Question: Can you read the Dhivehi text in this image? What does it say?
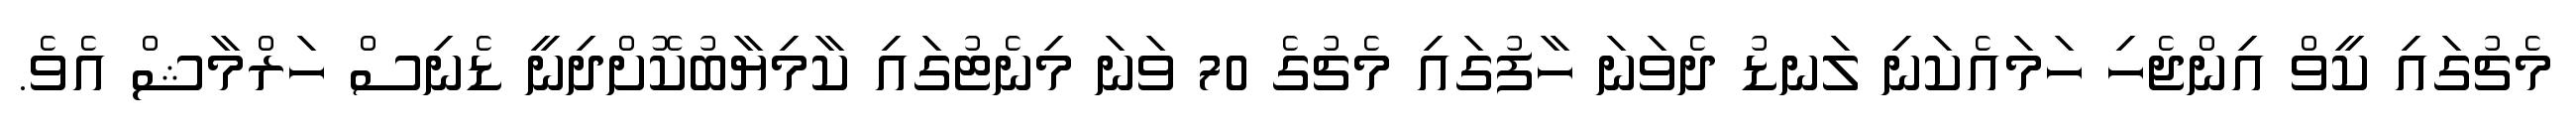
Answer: މެޗުގައި ކީވް އިންޖެހި ހަމައެކަނި ލަނޑު ދެވަނަ ހާފުގައި މެޗުގެ 70 ވަނަ މިނެޓުގައި ކާމިޔާބުކޮށްދިނީ ޑެނިސް ހަރްމާޝް އެވެ.